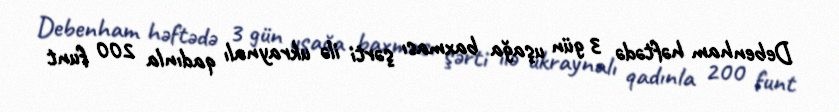
Debenham həftədə 3 gün uşağa baxması şərti ilə ukraynalı qadınla 200 funt